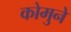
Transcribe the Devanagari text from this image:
कोमुने